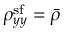
\rho _ { y y } ^ { \mathrm { s f } } = \bar { \rho }